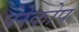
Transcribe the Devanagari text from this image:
पेरेकोप